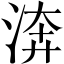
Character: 渀